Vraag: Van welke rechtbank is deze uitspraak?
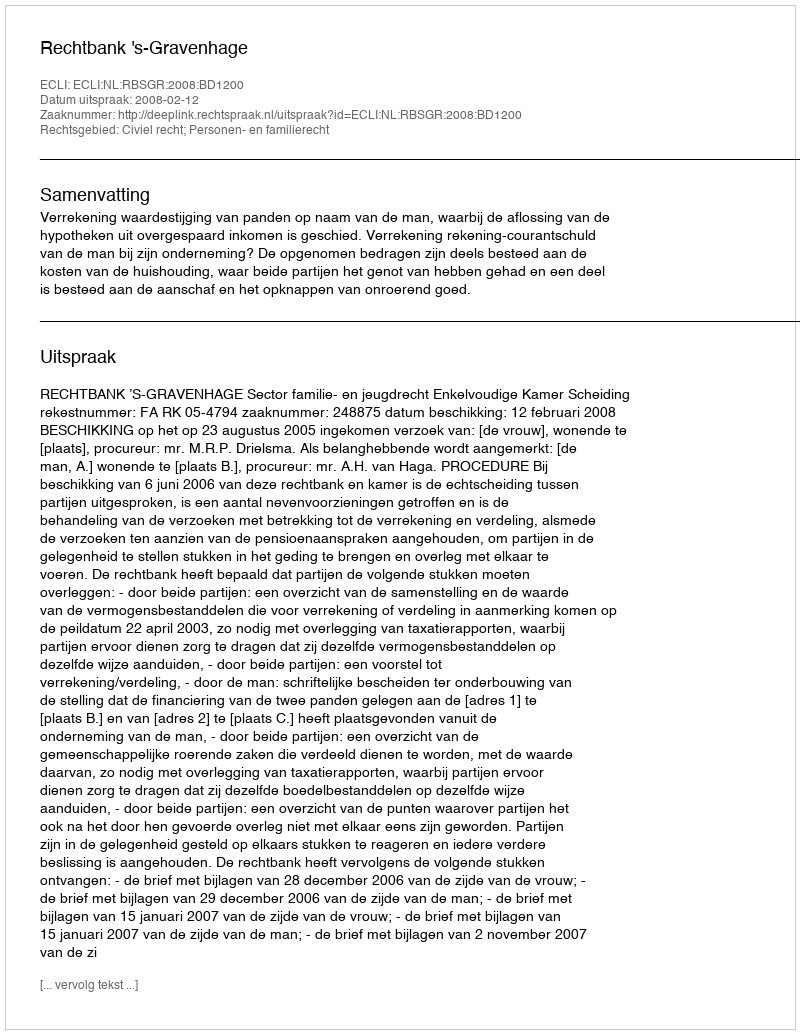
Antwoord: Rechtbank 's-Gravenhage